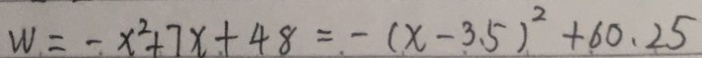
W = - x ^ { 2 } + 7 x + 4 8 = - ( x - 3 . 5 ) ^ { 2 } + 6 0 . 2 5